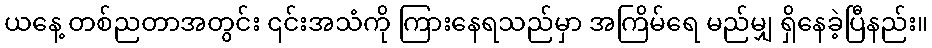
ယနေ့ တစ်ညတာအတွင်း ၎င်းအသံကို ကြားနေရသည်မှာ အကြိမ်ရေ မည်မျှ ရှိနေခဲ့ပြီနည်း။